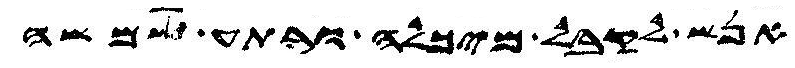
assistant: אנש לקבל מיכלה ורתע שמשה